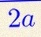
2a